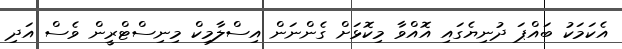
އެކަމަކު ބައްޕަ ދުނިޔެގައި އޮއްވާ މިކޮޅަށް ގެންނަން އިސްލާމިކް މިނިސްޓްރީން ވެސް އަދި